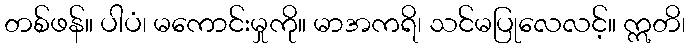
တစ်ဖန်။ ပါပံ၊ မကောင်းမှုကို။ မာအကရိ၊ သင်မပြုလေလင့်။ ဣတိ၊